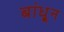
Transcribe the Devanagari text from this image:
बांधू्न